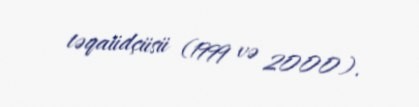
təqaüdçüsü (1999 və 2000).